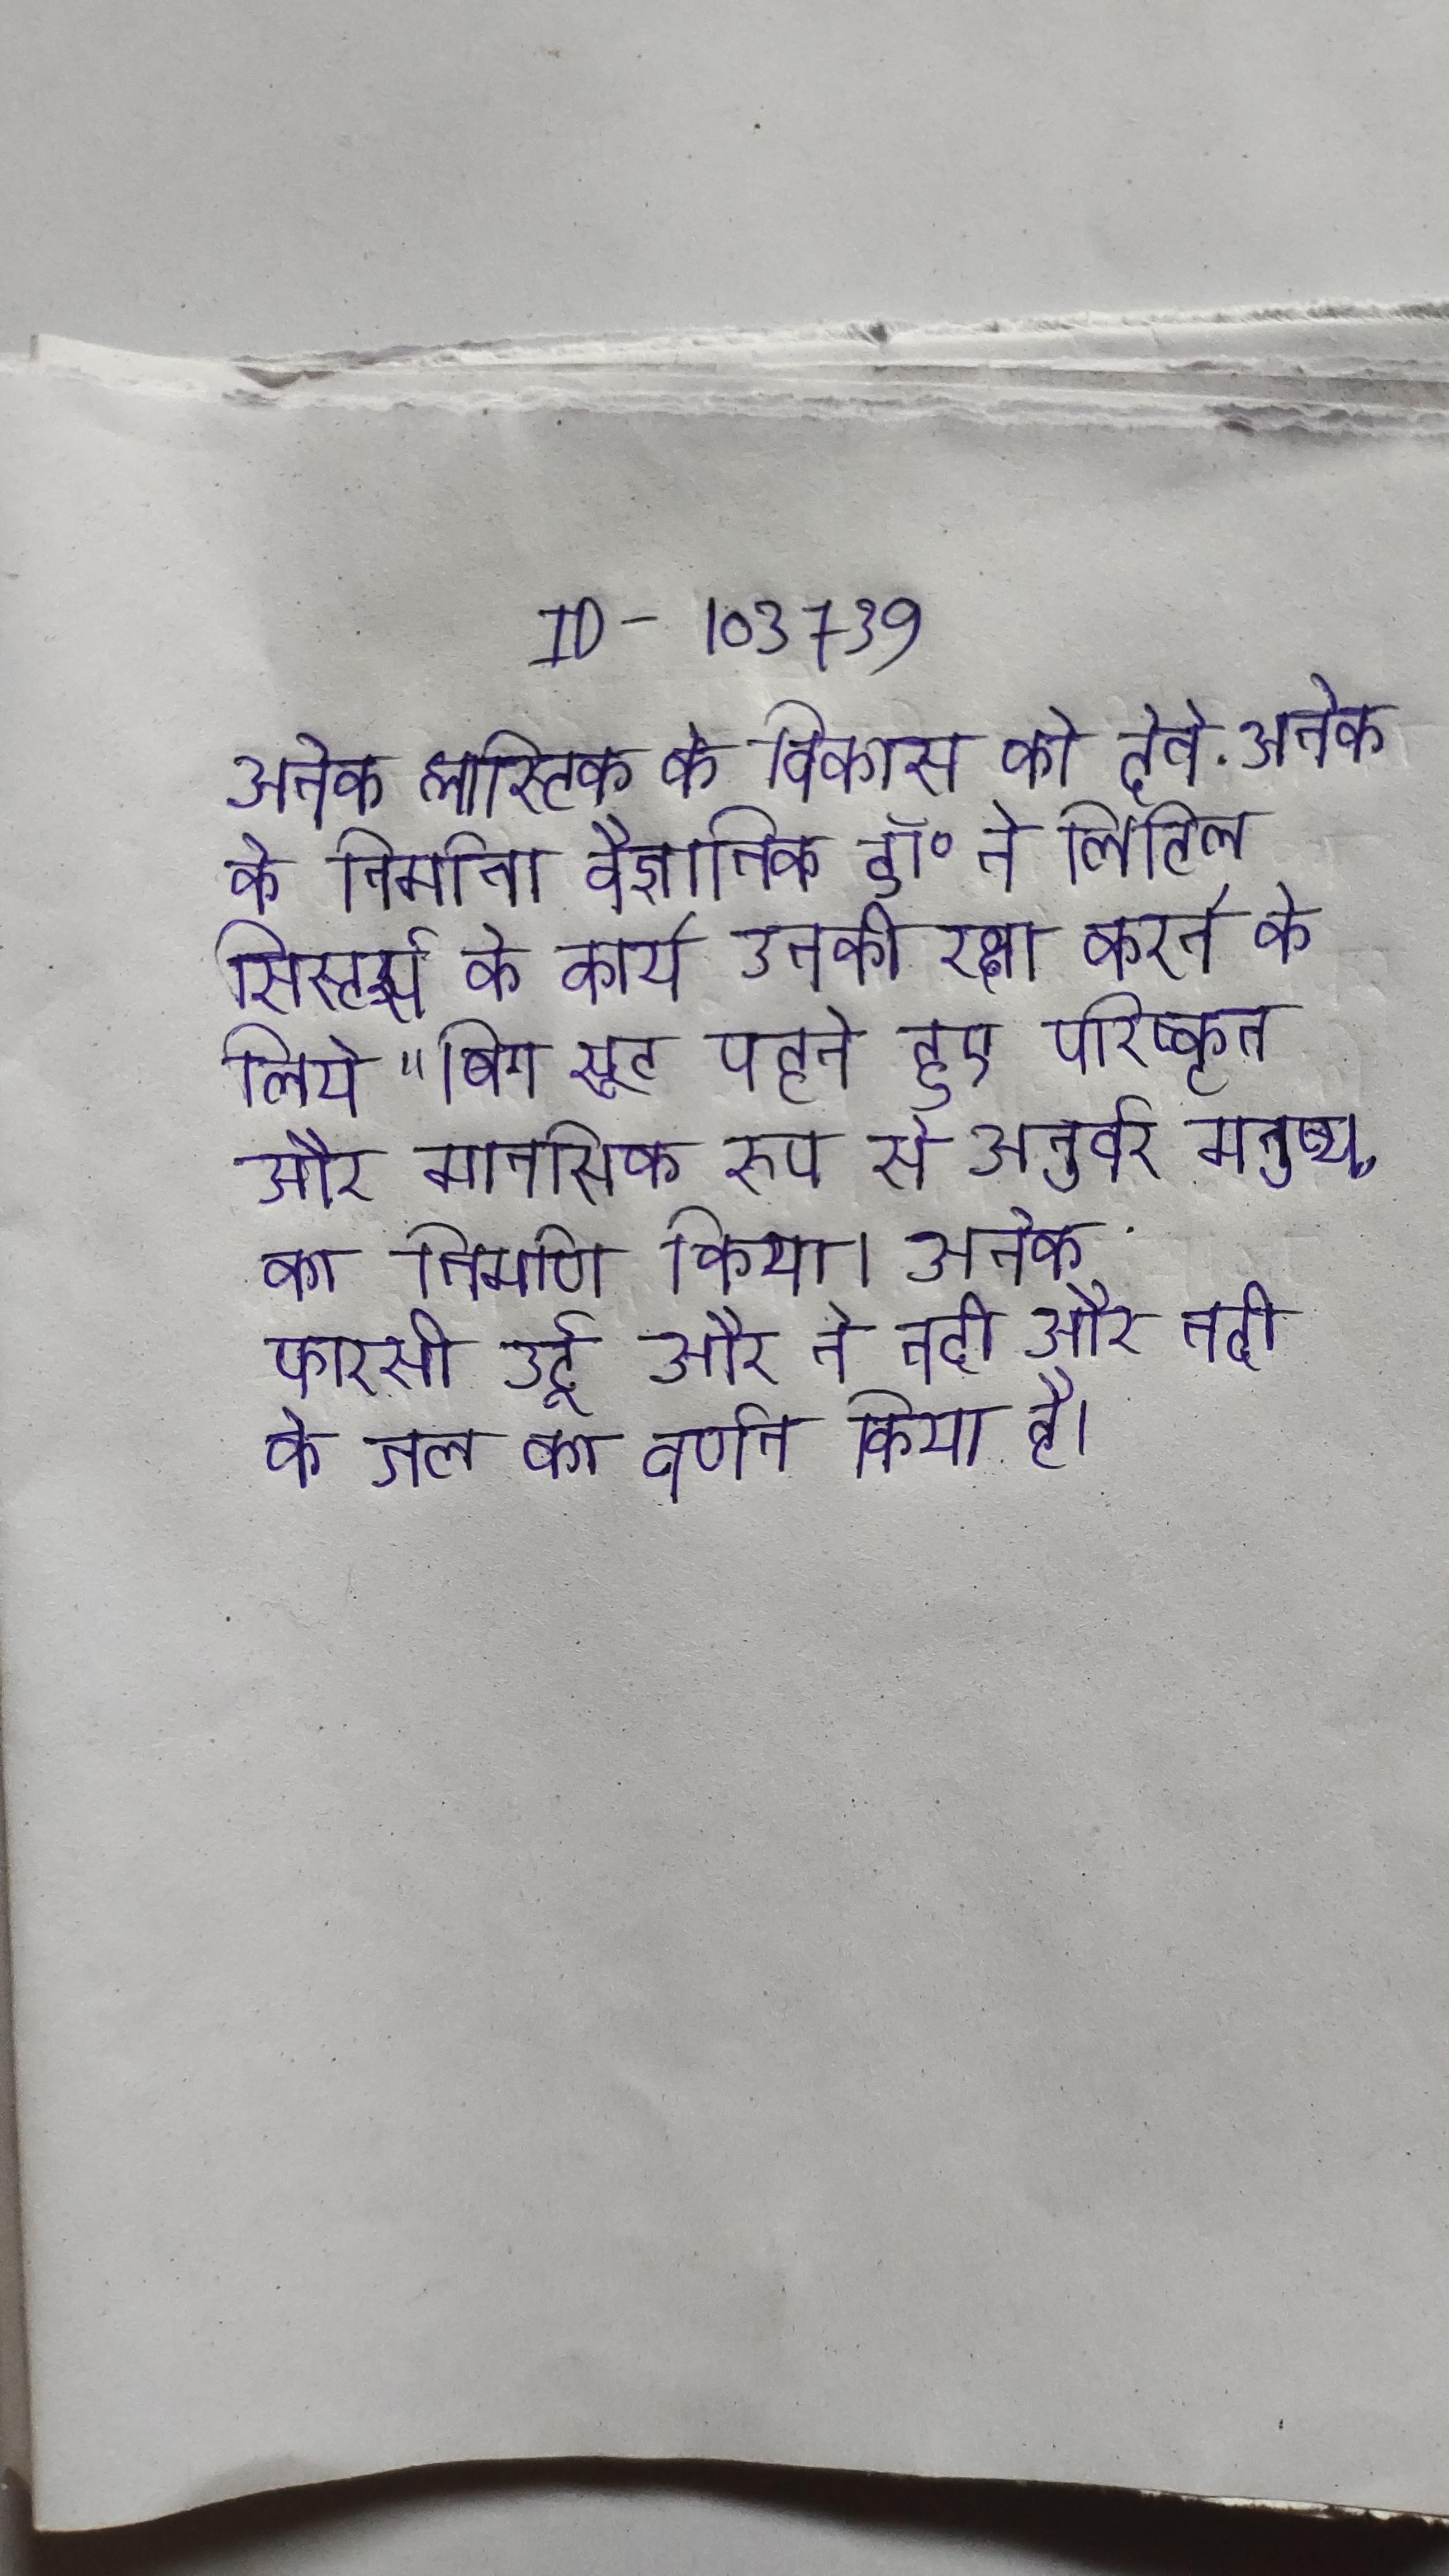
अनेक प्लास्टिक के विकास को देते . अनेक के निर्माता वैज्ञानिक डॉ॰ ने लिटिल सिस्टर्स के कार्य उनकी रक्षा करने के लिये "बिग सूट पहने हुए परिष्कृत और मानसिक रूप से अनुर्वर मनुष्य, का निर्माण किया । अनेक फारसी, उर्दू और ने नदी और नदी के जल का वर्णन किया है ।